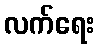
လက်ရေး